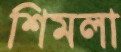
শিমলা